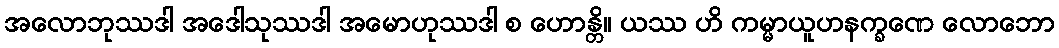
အလောဘုဿဒါ အဒေါသုဿဒါ အမောဟုဿဒါ စ ဟောန္တိ။ ယဿ ဟိ ကမ္မာယူဟနက္ခဏေ လောဘော